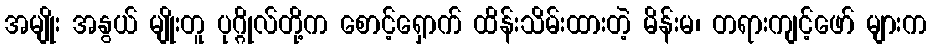
အမျိုး အနွယ် မျိုးတူ ပုဂ္ဂိုလ်တို့က စောင့်ရှောက် ထိန်းသိမ်းထားတဲ့ မိန်းမ၊ တရားကျင့်ဖော် များက